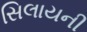
સિલાયની